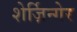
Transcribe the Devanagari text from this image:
शेर्ज़िन्गेर